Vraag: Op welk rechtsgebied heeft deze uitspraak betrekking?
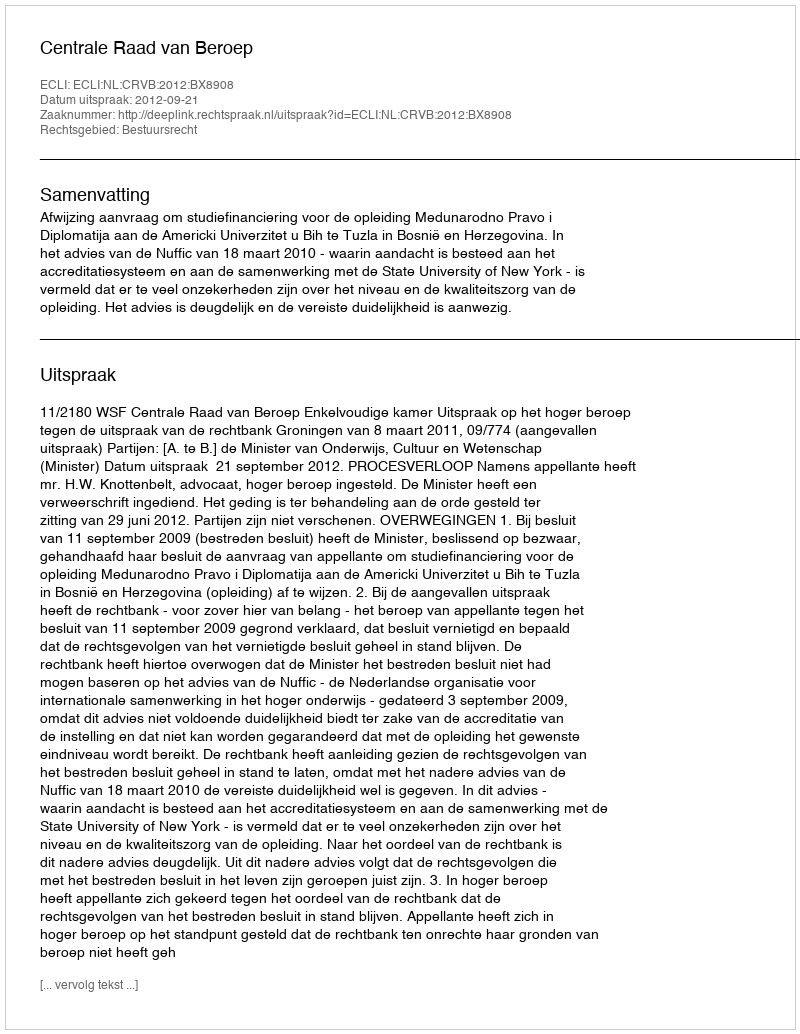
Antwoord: Bestuursrecht